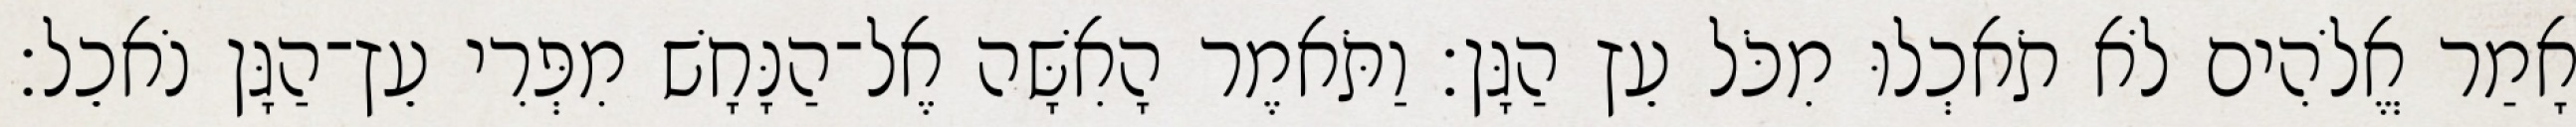
אָמַר אֱלֹהִים לֹא תֹאכְלוּ מִכֹּל עֵץ הַגָּן׃ וַתֹּאמֶר הָאִשָּׁה אֶל־הַנָּחָשׁ מִפְּרִי עֵץ־הַגָּן נֹאכֵל׃